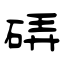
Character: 硦